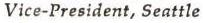
Vice-President, Seattle